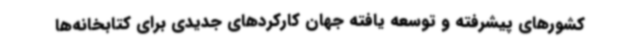
کشورهای پیشرفته و توسعه یافته جهان کارکردهای جدیدی برای کتابخانه‌ها